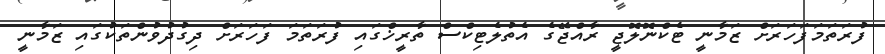
ފުރަތަމަފަހަރަށް ޒަމާނީ ޓެކްނޮލޮޖީ ރާއްޖޭގެ އެތުލެޓިކްސް ތާރީޚްގައި ފުރަތަމަ ފަހަރަށް ދިގުދުވުންތަކުގައި ޒަމާނީ